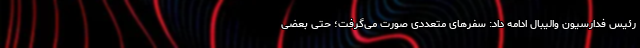
رئیس فدارسیون والیبال ادامه داد: سفرهای متعددی صورت می‌گرفت؛ حتی بعضی